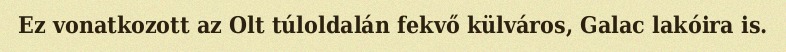
Ez vonatkozott az Olt túloldalán fekvő külváros, Galac lakóira is.